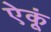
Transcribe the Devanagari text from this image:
ऐकूं